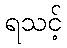
ရသင့်